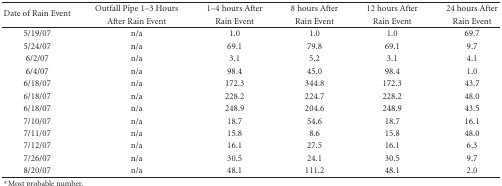
| <ROWSPAN=2> Date of Rain Event | Outfall Pipe 1–3 Hours | 1–4 hours After | 8 hours After | 12 hours After | 24 hours After |
 | After Rain Event | Rain Event | Rain Event | Rain Event | Rain Event |
 | --- | --- | --- | --- | --- | --- |
 | 5/19/07 | n/a | 1.0 | 1.0 | 1.0 | 69.7 |
 | 5/24/07 | n/a | 69.1 | 79.8 | 69.1 | 9.7 |
 | 6/2/07 | n/a | 3.1 | 5.2 | 3.1 | 4.1 |
 | 6/4/07 | n/a | 98.4 | 45.0 | 98.4 | 1.0 |
 | 6/18/07 | n/a | 172.3 | 344.8 | 172.3 | 43.7 |
 | 6/18/07 | n/a | 228.2 | 224.7 | 228.2 | 48.0 |
 | 6/18/07 | n/a | 248.9 | 204.6 | 248.9 | 43.5 |
 | 7/10/07 | n/a | 18.7 | 54.6 | 18.7 | 16.1 |
 | 7/11/07 | n/a | 15.8 | 8.6 | 15.8 | 48.0 |
 | 7/12/07 | n/a | 16.1 | 27.5 | 16.1 | 6.3 |
 | 7/26/07 | n/a | 30.5 | 24.1 | 30.5 | 9.7 |
 | 8/20/07 | n/a | 48.1 | 111.2 | 48.1 | 2.0 |